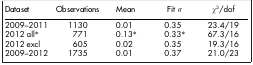
<table><thead><tr><td><b>Dataset</b></td><td><b>Observations</b></td><td><b>Mean</b></td><td><b>Fit <i>σ</i></b></td><td><b><i>χ</i><sup>2</sup>/dof</b></td></tr></thead><tbody><tr><td>2009–2011</td><td>1130</td><td>0.01</td><td>0.35</td><td>23.4/19</td></tr><tr><td>2012 all*</td><td>771</td><td>0.13*</td><td>0.33*</td><td>67.3/16</td></tr><tr><td>2012 excl</td><td>605</td><td>0.02</td><td>0.35</td><td>19.3/16</td></tr><tr><td>2009–2012</td><td>1735</td><td>0.01</td><td>0.37</td><td>21.0/23</td></tr></tbody></table>